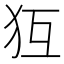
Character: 𤜷